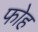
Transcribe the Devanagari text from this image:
फोह